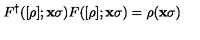
F ^ { \dagger } ( [ \rho ] ; { \bf { x } } \sigma ) F ( [ \rho ] ; { \bf { x } } \sigma ) = \rho ( { \bf { x } } \sigma )